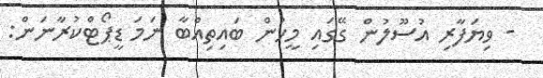
- ވިޔަފާރި އުސޫލުން ގޭގައި މީހުން ބައިތިއްބާ ނަމަ ޑީޕޯޓްކުރާނަން: